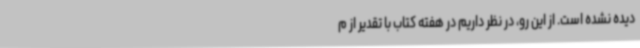
دیده نشده است. از این رو، در نظر داریم در هفته کتاب با تقدیر از م